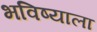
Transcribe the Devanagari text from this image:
भविष्याला